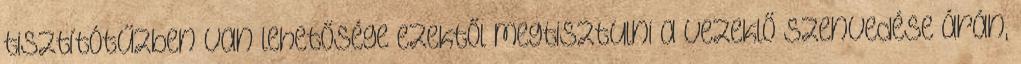
tisztítótűzben van lehetősége ezektől megtisztulni a vezeklő szenvedése árán,